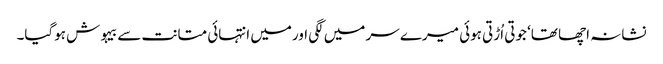
نشانہ اچھا تھا‘ جوتی اُڑتی ہوئی میرے سر میں لگی اورمیں انتہائی متانت سے بیہوش ہوگیا۔